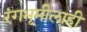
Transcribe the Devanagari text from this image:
रंगभूमीलाही